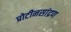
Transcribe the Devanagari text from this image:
प्रोटीनसांद्रण